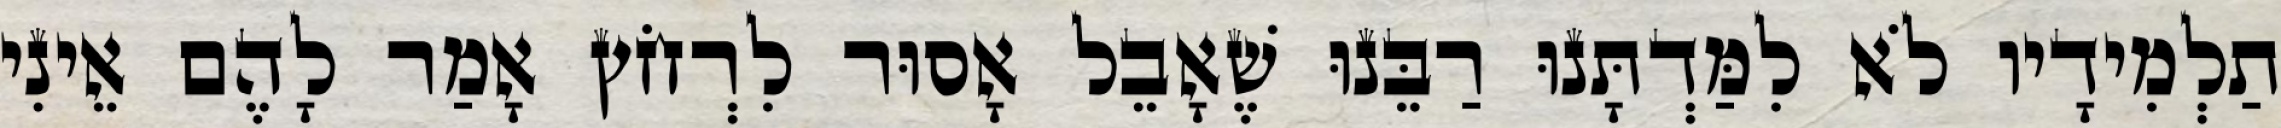
תַלְמִידָיו לֹא לִמַּדְתָּנוּ רַבֵּנוּ שֶׁאָבֵל אָסוּר לִרְחֹץ אָמַר לָהֶם אֵינִי